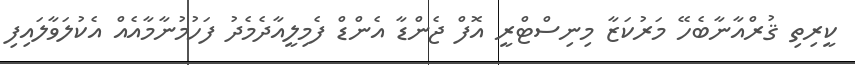
ކީރިތި ޤުރްއާނާބެހޭ މަރުކަޒާ މިނިސްޓްރީ އޮފް ޖެންޑާ އެންޑް ފެމިލީއާދެމެދު ފަހުމުނާމާއެއް އެކުލަވާލައިފި